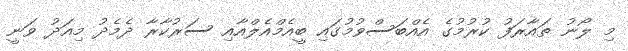
މި ލޯނު ތައާރަފު ކުރުމުގެ އެއްބަސްވުމުގައި ބީއެމްއެލްއާއި ސަރުކާރާ ދެމެދު މިއަދު ވަނީ